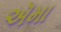
ઍમા